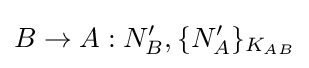
B\rightarrow A:N'_{B},\{N'_{A}\}_{K_{AB}}